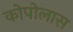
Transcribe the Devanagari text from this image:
कोपोलास